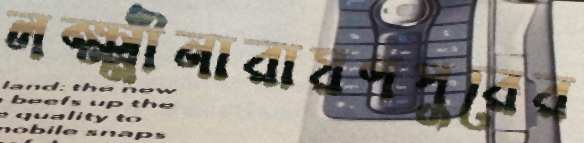
লক্ষ্মীনারায়ণপুরের